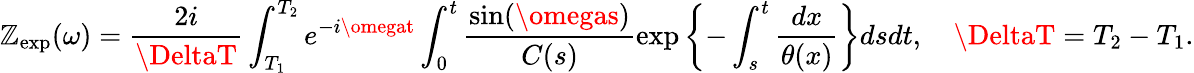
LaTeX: \mathbb{Z}_{\mathrm{{exp}}}(\omega)=\frac{{2i}}{{\DeltaT}}\int_{T_{1}}^{T_{2}}e^{-i\omegat}\int_{0}^{t}\frac{{\sin(\omegas)}}{{C(s)}}\exp\left\{ -\int_{s}^{t}\frac{{dx}}{{\theta(x)}}\right\} dsdt,\quad\DeltaT=T_{2}-T_{1}.